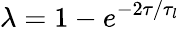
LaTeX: \lambda=1-e^{-2\tau/\tau_{l}}